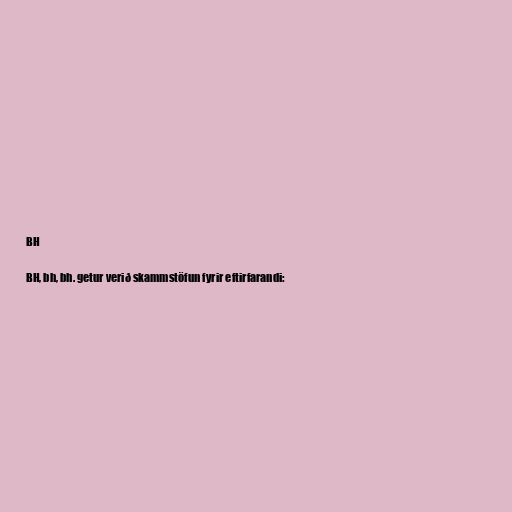
BH

BH, bh, bh. getur verið skammstöfun fyrir eftirfarandi: